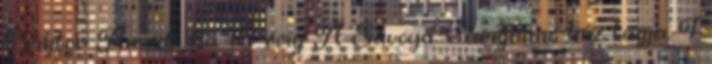
Viktor Amadé fia. 18 évig A Savoya–Carignano-ház tagja. I.